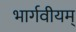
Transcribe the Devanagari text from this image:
भार्गवीयम्